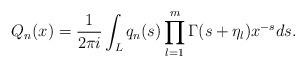
LaTeX: \begin{align*} Q_n (x) = \frac{1}{2\pi i} \int_L q_n(s) \prod_{l=1}^m \Gamma(s+ \eta_l) x^{-s} ds . \end{align*}